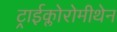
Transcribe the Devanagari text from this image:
ट्राईक्लोरोमीथेन